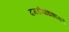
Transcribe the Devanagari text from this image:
दगडीबांधकामाचे